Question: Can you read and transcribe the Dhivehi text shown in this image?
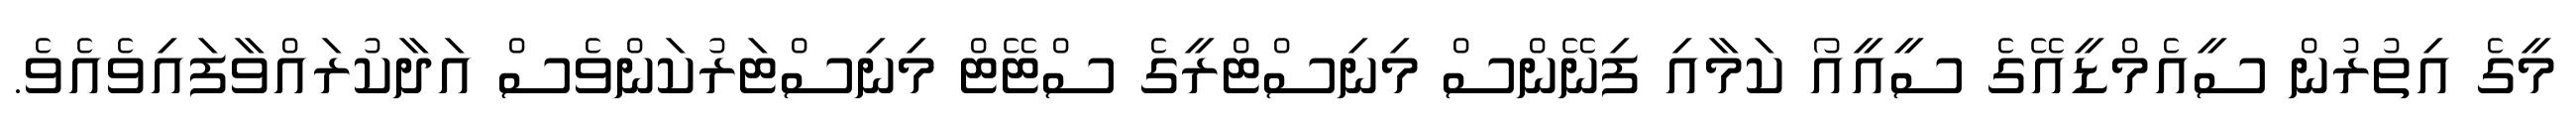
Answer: މީގެ އިތުރުން ސީއެމްޑީއޭގެ ސީއީއޯ ކަމާއި ފިނޭންސް މިނިސްޓްރީގެ ސްޓޭޓް މިނިސްޓަރުކަންވެސް އަދާކުރައްވާފައިވެއެވެ.